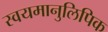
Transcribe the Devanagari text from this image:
स्वयमानुलिपिक